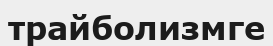
трайболизмге